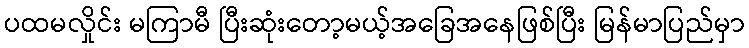
ပထမလှိုင်း မကြာမီ ပြီးဆုံးတော့မယ့်အခြေအနေဖြစ်ပြီး မြန်မာပြည်မှာ